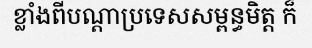
ខ្លាំងពីបណ្តាប្រទេសសម្ពន្ធមិត្ត ក៏